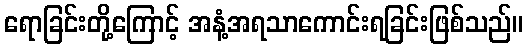
ရောခြင်းတို့ကြောင့် အနံ့အရသာကောင်းရခြင်းဖြစ်သည်။